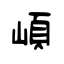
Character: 崸